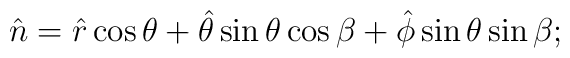
\hat{n}=\hat{r}\cos \theta + \hat{\theta } \sin \theta \cos \beta +\hat{\phi}\sin \theta \sin \beta;